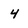
Character: 4